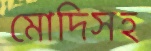
মোদিসহ